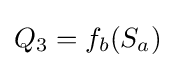
Q_{3}=f_{b}(S_{a})